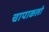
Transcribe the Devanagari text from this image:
चापाकलो